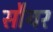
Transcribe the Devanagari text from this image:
सौयर